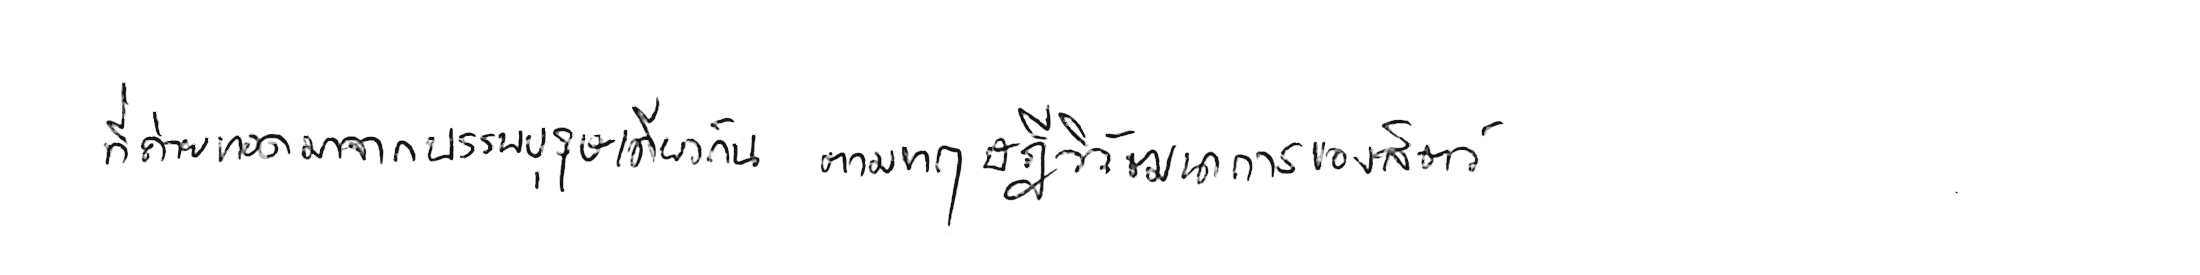
ที่ถ่ายทอดมาจากบรรพบุรุษเดียวกัน ตามทฤษฎีวิวัฒนาการของสัตว์